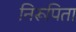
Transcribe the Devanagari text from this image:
निरूपिता